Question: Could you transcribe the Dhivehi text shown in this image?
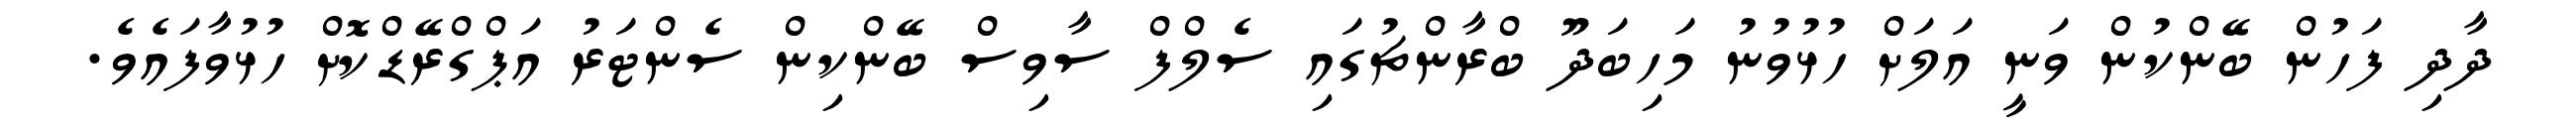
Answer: ދާދި ފަހުން ބޭންކުން ވަނީ އަލަށް ހުޅުވުނު މަހިބަދޫ ބްރާންޗުގައި ސެލްފް ސާވިސް ބޭންކިން ސެންޓަރު އަޕްގްރޭޑްކޮށް ހުޅުވާފައެވެ.